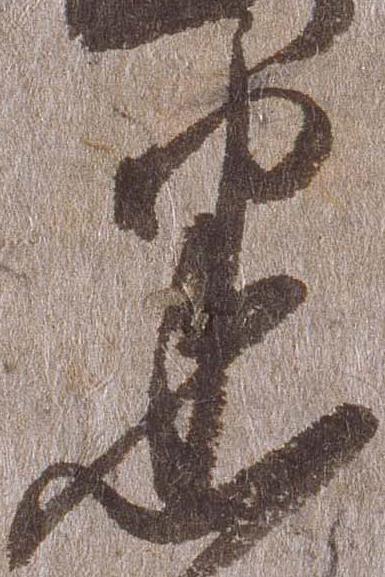
悉